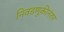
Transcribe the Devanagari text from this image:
निवडणूकीनंतर